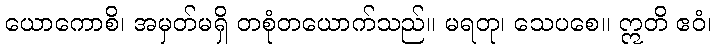
ယောကောစိ၊ အမှတ်မရှိ တစုံတယောက်သည်။ မရတု၊ သေပစေ။ ဣတိ ဧဝံ၊